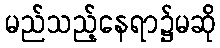
မည်သည့်နေရာ၌မဆို